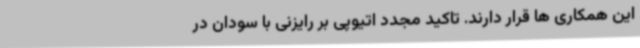
این همکاری ها قرار دارند. تاکید مجدد اتیوپی بر رایزنی با سودان در